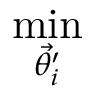
\mathop { \operatorname* { m i n } } _ { \vec { \theta _ { i } ^ { \prime } } }